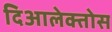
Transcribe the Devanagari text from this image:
दिआलेक्तोस